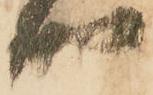
四